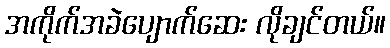
အကိုက်အခဲပျောက်ဆေး လိုချင်တယ်။